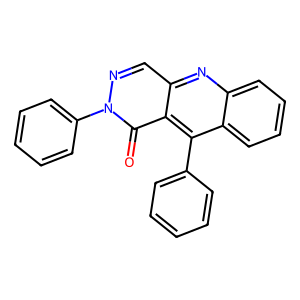
SMILES: O=c1c2c(-c3ccccc3)c3ccccc3nc2cnn1-c1ccccc1
Inhibits HIV replication: No